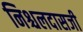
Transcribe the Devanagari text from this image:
निश्चलदासजी